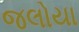
જલોયા